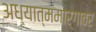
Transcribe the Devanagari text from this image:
अध्यात्ममार्गावर